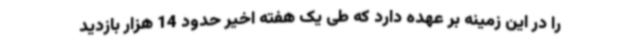
را در این زمینه بر عهده دارد که طی یک هفته اخیر حدود 14 هزار بازدید